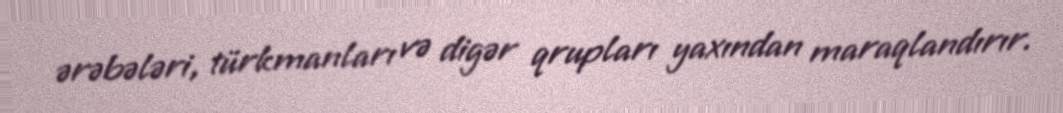
ərəbələri, türkmanları və digər qrupları yaxından maraqlandırır.